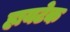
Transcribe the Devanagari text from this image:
हायटेक